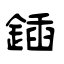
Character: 鍤